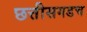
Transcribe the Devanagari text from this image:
छत्तीसगडच